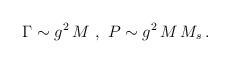
LaTeX: \begin{align*}\Gamma \sim g^2 \, M \ , \ P \sim g^2 \, M \, M_s \, . \end{align*}